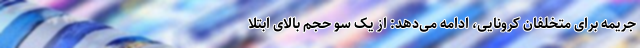
جریمه برای متخلفان کرونایی، ادامه می‌دهد: از یک سو حجم بالای ابتلا